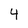
Character: 4